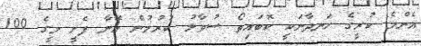
އެންމެ ކުރީގެ ހަނދާނަކީ ކޮބައިތޯ ސުވާލު ކުރުމުން އޭނާ ފެށީ މީގެ 100